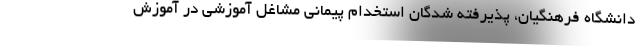
دانشگاه فرهنگیان، پذیرفته شدگان استخدام پیمانی مشاغل آموزشی در آموزش